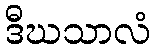
ဒီဃသာလံ